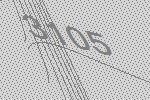
3105